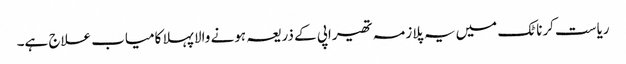
ریاست کرناٹک میں یہ پلازمہ تھیراپی کے ذریعہ ہونے والا پہلا کامیاب علاج ہے۔